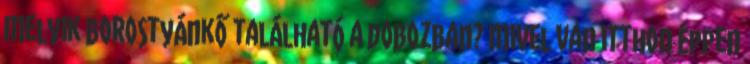
Melyik borostyánkő található a dobozban? Mivel van itthon éppen